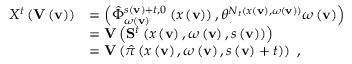
\begin{array} { r l } { X ^ { t } \left( \mathbf { V } \left( \mathbf { v } \right) \right) } & { = \left( \hat { \Phi } _ { \omega \left( \mathbf { v } \right) } ^ { s \left( \mathbf { v } \right) + t , 0 } \left( x \left( \mathbf { v } \right) \right) , \theta ^ { N _ { t } \left( x \left( \mathbf { v } \right) , \omega \left( \mathbf { v } \right) \right) } \omega \left( \mathbf { v } \right) \right) } \\ & { = \mathbf { V } \left( \mathbf { S } ^ { t } \left( x \left( \mathbf { v } \right) , \omega \left( \mathbf { v } \right) , s \left( \mathbf { v } \right) \right) \right) } \\ & { = \mathbf { V } \left( \hat { \pi } \left( x \left( \mathbf { v } \right) , \omega \left( \mathbf { v } \right) , s \left( \mathbf { v } \right) + t \right) \right) \ , } \end{array}